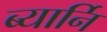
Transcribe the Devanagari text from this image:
ब्यार्नि